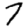
Digit: 7